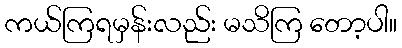
ကယ်ကြရမှန်းလည်း မသိကြ တော့ပါ။